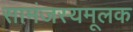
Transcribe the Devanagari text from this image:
सामंजस्यमूलक